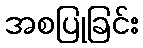
အစပြုခြင်း